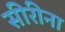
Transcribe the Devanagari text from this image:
सीरीना